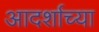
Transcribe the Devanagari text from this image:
आदर्शाच्‍या